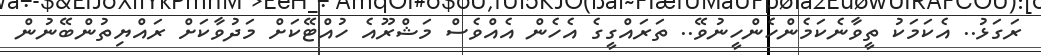
ރަގަޅު.. އެކަމަކު ތީވާނެކަމެންހެންހީނުވޭ.. ތަރައްގީގެ އެހެން އެއްވެސް މަޝްރޫއެ ހުއްޓޭކަށް މަދުވާކަށް ރައްޔިތުންބޭނުން